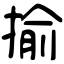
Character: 揄